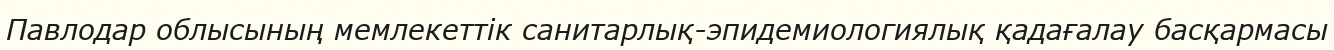
Павлодар облысының мемлекеттік санитарлық-эпидемиологиялық қадағалау басқармасы